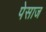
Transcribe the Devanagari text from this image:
पेसाज